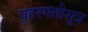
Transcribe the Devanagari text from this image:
बृहस्पतीसूत्र